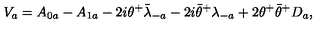
V _ { a } = A _ { 0 a } - A _ { 1 a } - 2 i \theta ^ { + } { \bar { \lambda } } _ { - a } - 2 i { \bar { \theta } } ^ { + } \lambda _ { - a } + 2 \theta ^ { + } { \bar { \theta } } ^ { + } D _ { a } ,